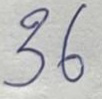
36